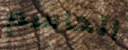
الحاسم